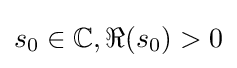
s_{0}\in \mathbb {C} ,\Re (s_{0})>0